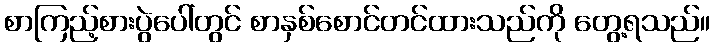
စာကြည့်စားပွဲပေါ်တွင် စာနှစ်စောင်တင်ထားသည်ကို တွေ့ရသည်။